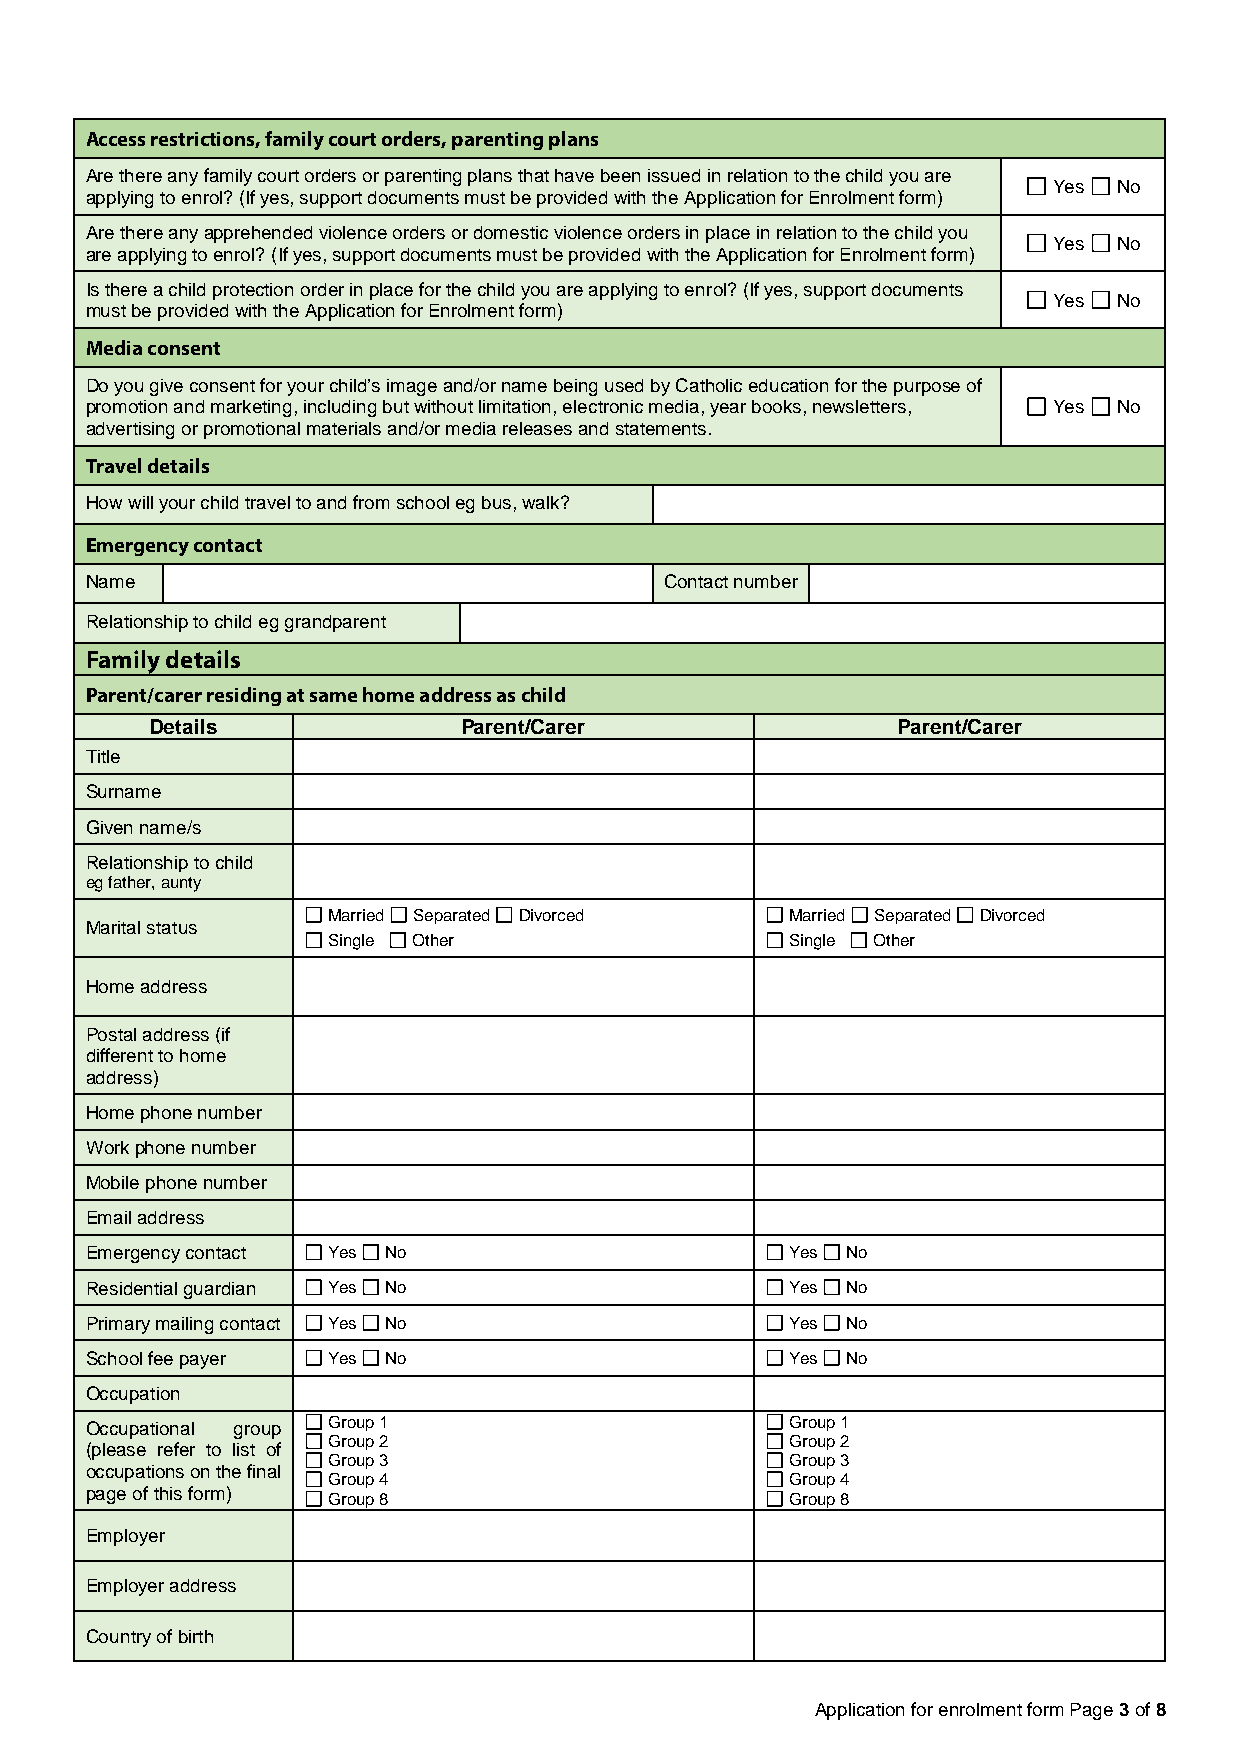
Access restrictions, family court orders, parenting plans
 Are there any family court orders or parenting plans that have been issued in relation to the child you are
 Yes No
 applying to enrol? (If yes, support documents must be provided with the Application for Enrolment form)
 Are there any apprehended violence orders or domestic violence orders in place in relation to the child you
 Yes No
 are applying to enrol? (If yes, support documents must be provided with the Application for Enrolment form)
 Is there a child protection order in place for the child you are applying to enrol? (If yes, support documents
 Yes No
 must be provided with the Application for Enrolment form)
 Media consent
 Do you give consent for your child’s image and/or name being used by Catholic education for the purpose of
 promotion and marketing, including but without limitation, electronic media, year books, newsletters, Yes No
 advertising or promotional materials and/or media releases and statements.
 Travel details
 How will your child travel to and from school eg bus, walk?
 Emergency contact
 Name                                  Contact number
 Relationship to child eg grandparent
 Family details
 Parent/carer residing at same home address as child
 Details             Parent/Carer                 Parent/Carer
 Title
 Surname
 Given name/s
 Relationship to child
 eg father, aunty
 Married Separated Divorced    Married Separated Divorced
 Marital status
 Single Other                  Single Other
 Home address
 Postal address (if
 different to home
 address)
 Home phone number
 Work phone number
 Mobile phone number
 Email address
 Emergency contact Yes No                      Yes No
 Residential guardian Yes No                   Yes No
 Primary mailing contact Yes No                Yes No
 School fee payer Yes No                       Yes No
 Occupation
 Occupational group Group 1                    Group 1
 Group 2                       Group 2
 (please refer to list of
 Group 3                       Group 3
 occupations on the final
 Group 4                       Group 4
 page of this form)
 Group 8                       Group 8
 Employer
 Employer address
 Country of birth
 Application for enrolment form Page 3 of 8